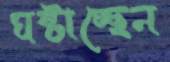
ঘষ্‌টাচ্ছেন